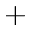
^ +